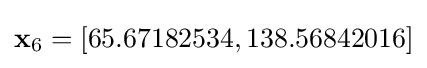
\mathbf {x} _{6}=\left[65.67182534,138.56842016\right]